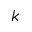
k